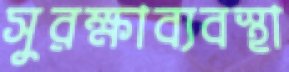
সুরক্ষাব্যবস্থা